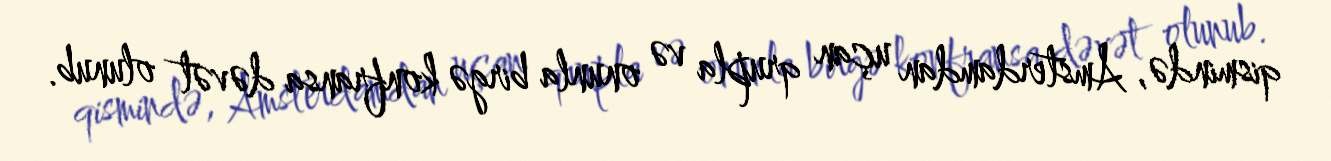
qismində, Amsterdamdan uçan qrupla və onunla birgə konfransa dəvət olunub.